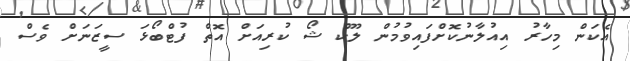
އެކަން މިހާރު އިއުލާނުކޮށްފައިވުމުން ލޫކް ޝޯ ކުރިއަށް އޮތް ފުޓްބޯޅަ ސީޒަނަށް ވެސް